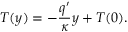
T ( y ) = - \frac { q ^ { \prime } } { \kappa } y + T ( 0 ) .